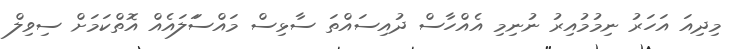
މިދިއަ އަހަރު ނިމުމުއިރު ނުނިމި އެއްހާސް ދުއިސައްތަ ސާޅިސް މައްސަަލައެއް އޮތްކަމަށް ސިވިލް